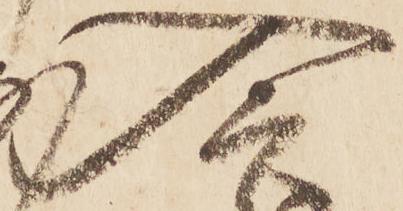
入